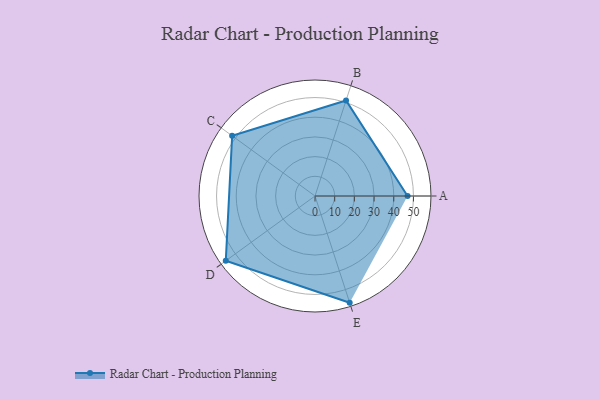
{"axis": {"x": "Skill", "y": "Score"}, "legend": ["Profile"], "data": [{"x": "A", "y": 47.0, "type": "Profile"}, {"x": "B", "y": 51.0, "type": "Profile"}, {"x": "C", "y": 52.0, "type": "Profile"}, {"x": "D", "y": 56.0, "type": "Profile"}, {"x": "E", "y": 57.0, "type": "Profile"}]}